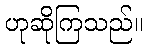
ဟုဆိုကြသည်။